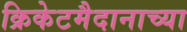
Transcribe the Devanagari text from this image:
क्रिकेटमैदानाच्या